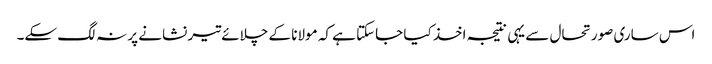
اس ساری صورتحال سے یہی نتیجہ اخذ کیا جاسکتا ہے کہ مولانا کے چلائے تیر نشانے پر نہ لگ سکے۔